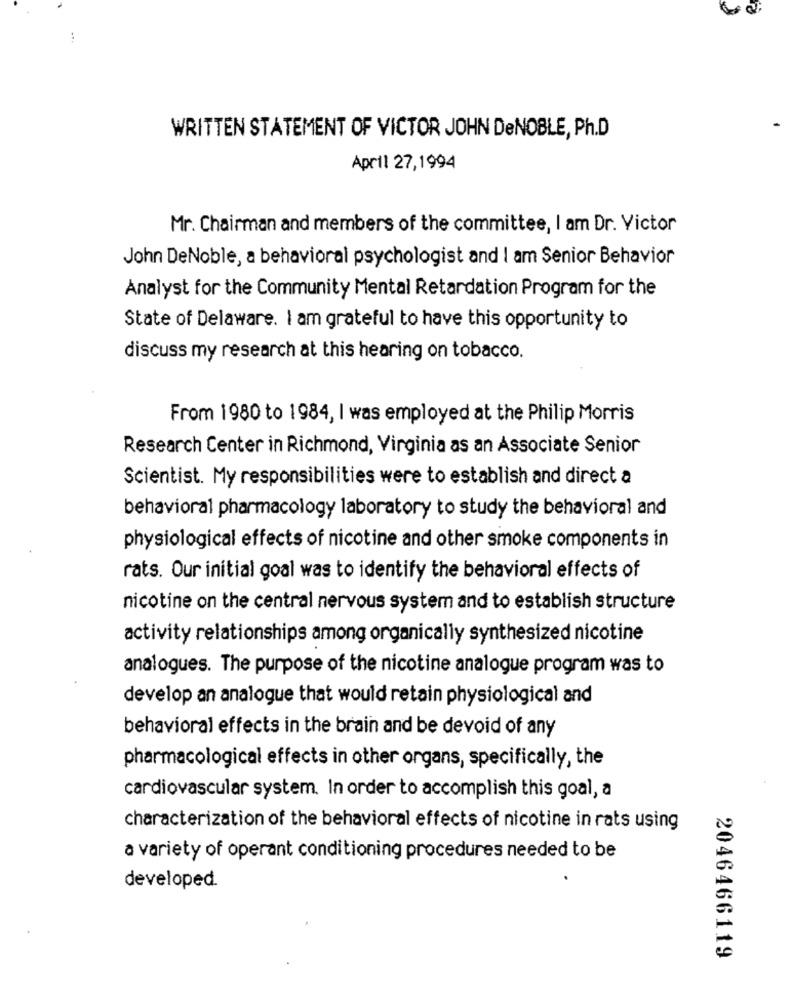
WRITTEN STATEMENT OF VICTOR JOHN DeNOBLE, Ph.D
April 27,1994
Mr. Chairman and members of the committee, I am Dr. Victor
John DeNoble, a behavioral psychologist and I am Senior Behavior
Analyst for the Community Mental Retardation Program for the
State of Delaware. I am grateful to have this opportunity to
discuss my research at this hearing on tobacco.
From 1980 to 1984, I was employed at the Philip Morris
Research Center in Richmond, Virginia as an Associate Senior
Scientist. My responsibilities were to establish and direct a
behavioral pharmacology laboratory to study the behavioral and
physiological effects of nicotine and other smoke components in
rats. Our initial goal was to identify the behavioral effects of
nicotine on the central nervous system and to establish structure
activity relationships among organically synthesized nicotine
analogues. The purpose of the nicotine analogue program was to
develop an analogue that would retain physiological and
behavioral effects in the brain and be devoid of any
pharmacological effects in other organs, specifically, the
cardiovascular system. In order to accomplish this goal, a
characterization of the behavioral effects of nicotine in rats using
a variety of operant conditioning procedures needed to be
developed.
2046466119